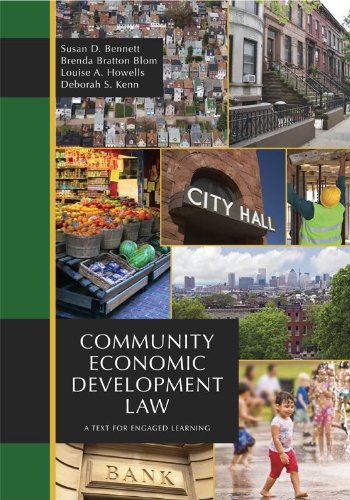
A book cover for Community Economic Development Law: A Text for Engaged Learning; Susan D. Bennett; Law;